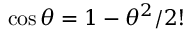
\cos \theta = 1 - { \theta } ^ { 2 } / { 2 ! }